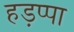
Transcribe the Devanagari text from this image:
हड़प्‍पा